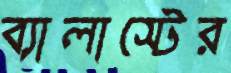
ব্যালাস্টের